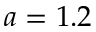
a = 1 . 2